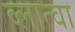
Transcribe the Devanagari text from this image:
व्लात्वा